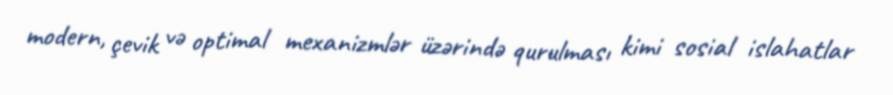
modern, çevik və optimal mexanizmlər üzərində qurulması kimi sosial islahatlar